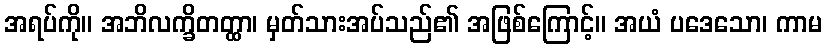
အရပ်ကို။ အဘိလက္ခိတတ္ထာ၊ မှတ်သားအပ်သည်၏ အဖြစ်ကြောင့်။ အယံ ပဒေသော၊ ကာမ